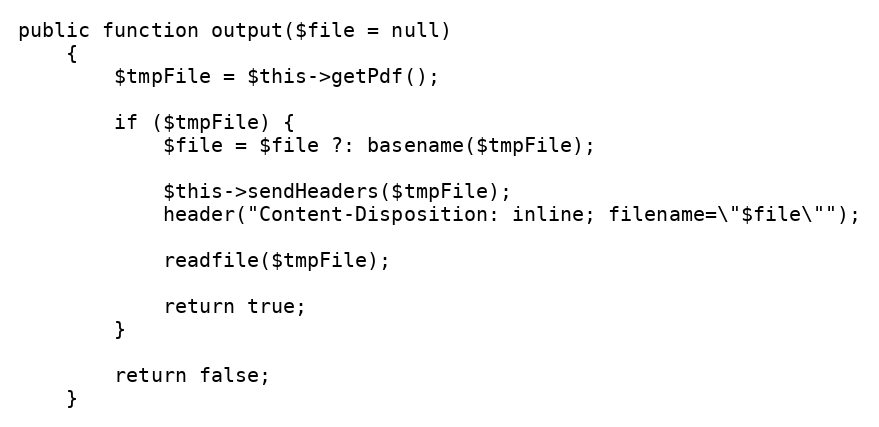
Language: PHP
public function output($file = null)
    {
        $tmpFile = $this->getPdf();

        if ($tmpFile) {
            $file = $file ?: basename($tmpFile);

            $this->sendHeaders($tmpFile);
            header("Content-Disposition: inline; filename=\"$file\"");

            readfile($tmpFile);

            return true;
        }

        return false;
    }